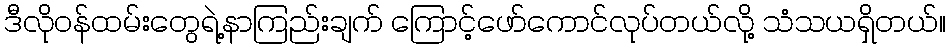
ဒီလိုဝန်ထမ်းတွေရဲ့နာကြည်းချက် ကြောင့်ဖော်ကောင်လုပ်တယ်လို့ သံသယရှိတယ်။